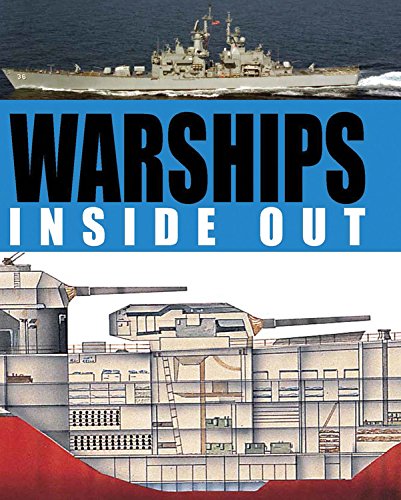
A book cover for Warships Inside Out; Robert Jackson; Arts & Photography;